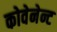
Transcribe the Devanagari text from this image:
कोवेनेन्ट